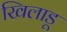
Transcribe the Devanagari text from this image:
खिलाडू